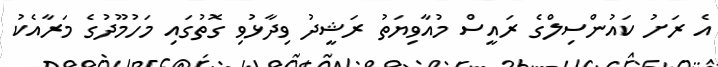
އެ ރަށު ކައުންސިލްގެ ރައީސް މުއާވިޔަތު ރަޝީދު ވިދާޅުވި ގޮތުގައި މަހުމޫދުގެ މަރާއެކު